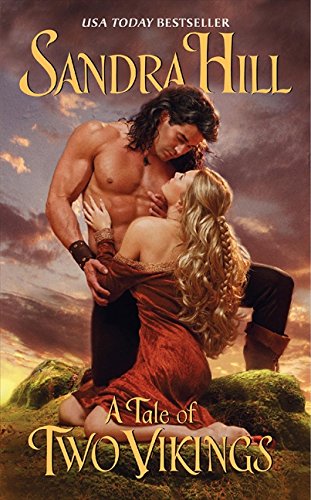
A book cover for A Tale of Two Vikings (Viking I); Sandra Hill; Romance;